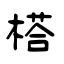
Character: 榙